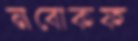
নবোকফ